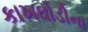
કાખઘોડીના